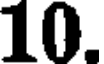
10.